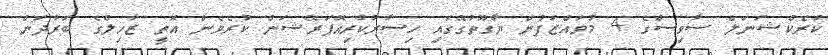
ކަރެކްޝަނަލް ސާވިސްގެ 4 މުވައްޒަފުން ޔާގޫތުގޭގައި ހިސާރުކުރިއޮޕަރޭޝަން ކުރެވެން އޮތީ ޒާހިލްގެ ބަރުދަން